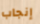
إنجاب